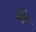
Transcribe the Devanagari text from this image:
चिड